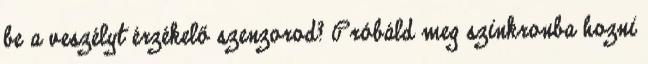
be a veszélyt érzékelő szenzorod? Próbáld meg szinkronba hozni